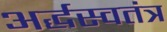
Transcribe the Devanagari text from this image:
अर्द्धस्वतंत्र